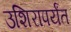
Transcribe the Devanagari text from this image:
उशिरापर्यंत